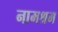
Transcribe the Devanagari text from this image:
नामश्रम